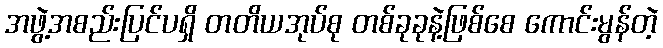
အဖွဲ့အစည်းပြင်ပရှိ တတိယအုပ်စု တစ်ခုခုနဲ့ဖြစ်စေ ကောင်းမွန်တဲ့